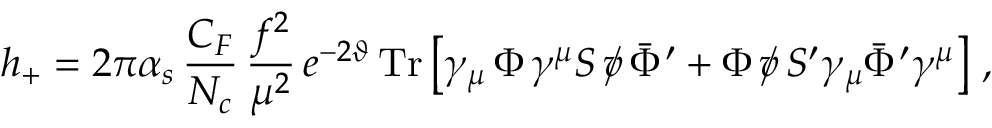
h _ { + } = 2 \pi \alpha _ { s } \, \frac { C _ { F } } { N _ { c } } \, \frac { f ^ { 2 } } { \mu ^ { 2 } } \, e ^ { - 2 \vartheta } \, \mathrm { T r } \left[ \gamma _ { \mu } \, \Phi \, \gamma ^ { \mu } S \, \rlap / v \, \bar { \Phi } ^ { \prime } + \Phi \, \rlap / v \, S ^ { \prime } \gamma _ { \mu } \bar { \Phi } ^ { \prime } \gamma ^ { \mu } \right] \, ,